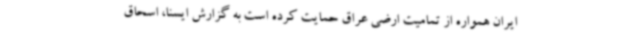
ایران همواره از تمامیت ارضی عراق حمایت کرده است به گزارش ایسنا، اسحاق